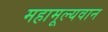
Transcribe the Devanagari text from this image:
महामूल्यवान